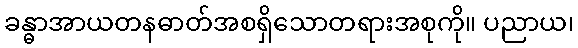
ခန္ဓာအာယတနဓာတ်အစရှိသောတရားအစုကို။ ပညာယ၊